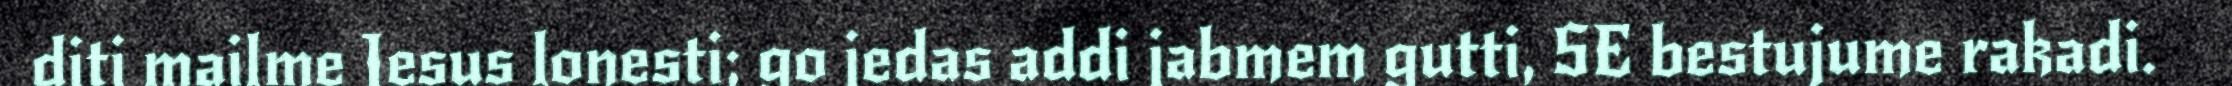
diti mailme Jesus lonesti; go jedas addi jabmem gutti, SE bestujume rakadi.